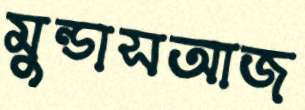
মুন্ডাসআজ